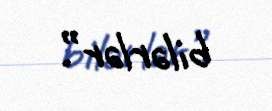
bilərlər”.